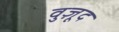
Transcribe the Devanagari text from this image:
वुज़ूद